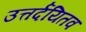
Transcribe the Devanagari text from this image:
उत्तर्दयितव